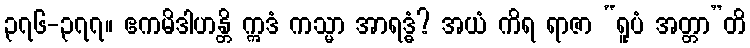
၃၇၆-၃၇၇။ ဧကမိဒါဟန္တိ ဣဒံ ကသ္မာ အာရဒ္ဓံ? အယံ ကိရ ရာဇာ “ရူပံ အတ္တာ”တိ